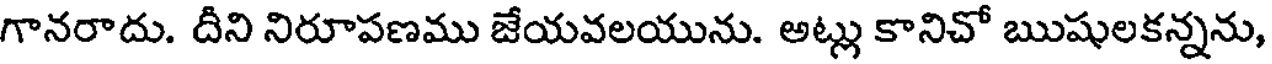
గానరాదు. దీని నిరూపణము జేయవలయును. అట్లు కానిచో ఋషులకన్నను,